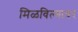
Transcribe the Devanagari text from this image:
मिळविल्यावर